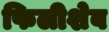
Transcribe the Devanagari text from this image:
फिलीशेव